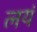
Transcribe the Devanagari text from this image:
लयं